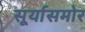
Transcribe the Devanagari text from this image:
सूर्यासमोर